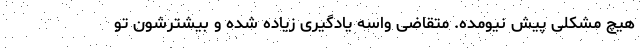
هیچ مشکلی پیش نیومده. متقاضی واسه یادگیری زیاده شده و بیشترشون تو